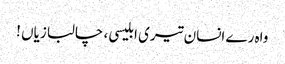
واہ رے انسان تیری ابلیسی ، چالبازیاں !